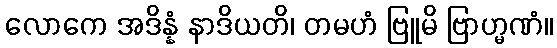
လောကေ အဒိန္နံ နာဒိယတိ၊ တမဟံ ဗြူမိ ဗြာဟ္မဏံ။